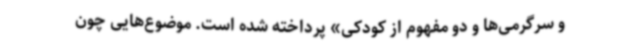
و سرگرمی‌ها و دو مفهوم از کودکی» پرداخته شده است. موضوع‌هایی چون